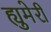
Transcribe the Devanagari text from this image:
ह्युमेरी